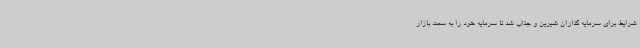
شرایط برای سرمایه گذاران شیرین و جذاب شد تا سرمایه خود را به سمت بازار